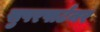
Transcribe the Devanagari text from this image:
सुपरपार्टनर